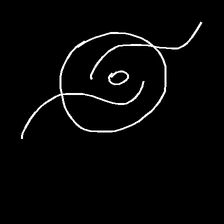
Glyph: repetition